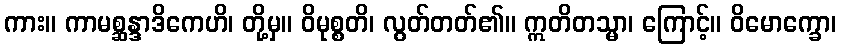
ကား။ ကာမစ္ဆန္ဒာဒိကေဟိ၊ တို့မှ။ ဝိမုစ္စတိ၊ လွတ်တတ်၏။ ဣတိတသ္မာ၊ ကြောင့်။ ဝိမောက္ခော၊